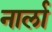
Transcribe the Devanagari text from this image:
नार्ला